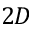
2 D